Annual vaccination report of Bihar and Orissa - 1911-1928
Year: 1911
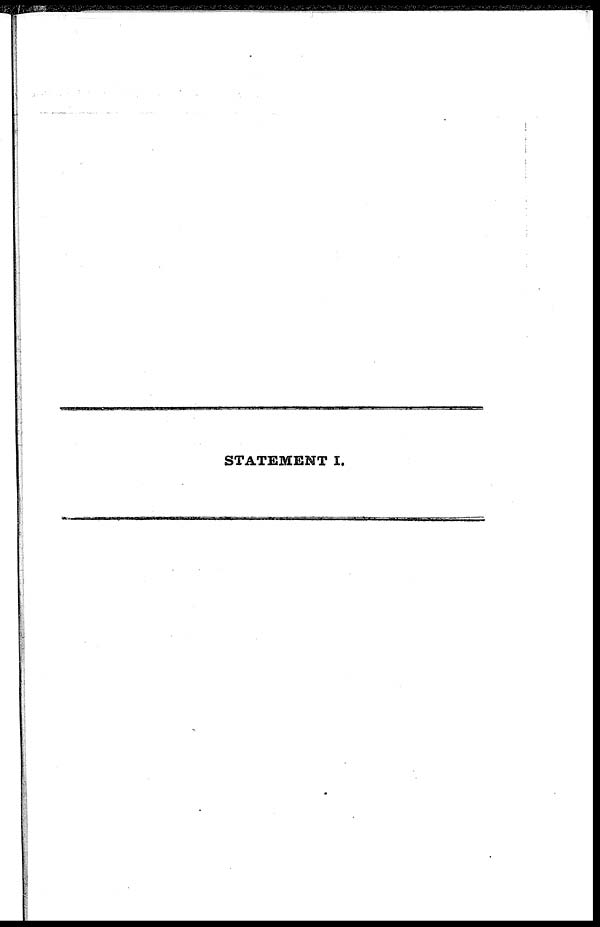
STATEMENT I.